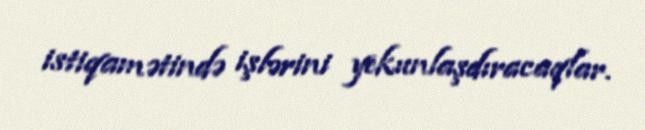
istiqamətində işlərini yekunlaşdıracaqlar.